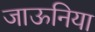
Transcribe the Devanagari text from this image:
जाऊनिया